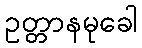
ဥတ္တာနမုခေါ